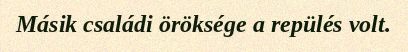
Másik családi öröksége a repülés volt.